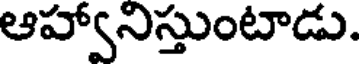
ఆహ్వానిస్తుంటాడు.